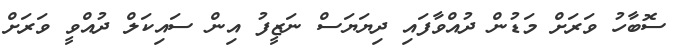
ސޮބާހު ވަރަށް މަޑުން ދުއްވާފައި ދިޔަޔަސް ނަޒީފު އިން ސައިކަލް ދުއްވީ ވަރަށް